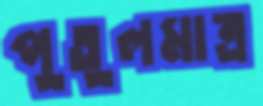
পুতুলমাত্র